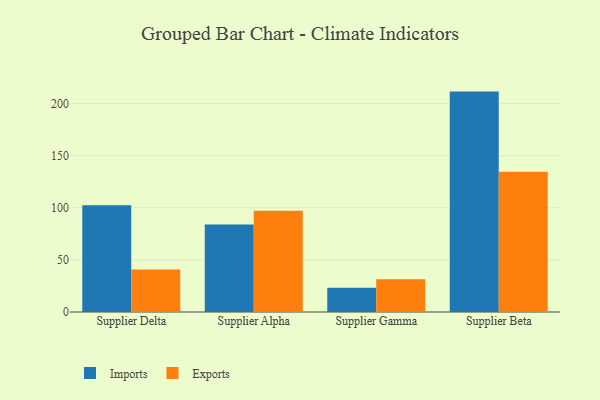
{"axis": {"x": "Supplier", "y": "Budget (USD K)"}, "legend": ["Exports", "Imports"], "data": [{"x": "Supplier Delta", "y": 102.5, "type": "Imports"}, {"x": "Supplier Delta", "y": 40.9, "type": "Exports"}, {"x": "Supplier Alpha", "y": 83.9, "type": "Imports"}, {"x": "Supplier Alpha", "y": 97.1, "type": "Exports"}, {"x": "Supplier Gamma", "y": 23.3, "type": "Imports"}, {"x": "Supplier Gamma", "y": 31.4, "type": "Exports"}, {"x": "Supplier Beta", "y": 211.5, "type": "Imports"}, {"x": "Supplier Beta", "y": 134.5, "type": "Exports"}]}